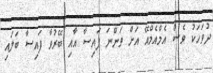
ދުވަހަކު ވެސް އެމްއެމްއޭ އަށް ވަންނަ ފައިސާ އާއި ބޭރުވާ ފައިސާ ބަލައި